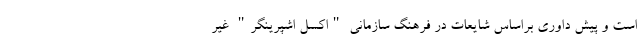
است و پیش داوری براساس شایعات در فرهنگ سازمانی "اکسل اشپرینگر" غیر